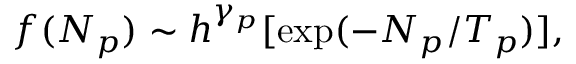
f ( N _ { p } ) \sim h ^ { \gamma _ { p } } [ \mathrm { e x p } ( - N _ { p } / T _ { p } ) ] ,